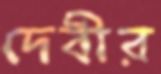
দেবীর